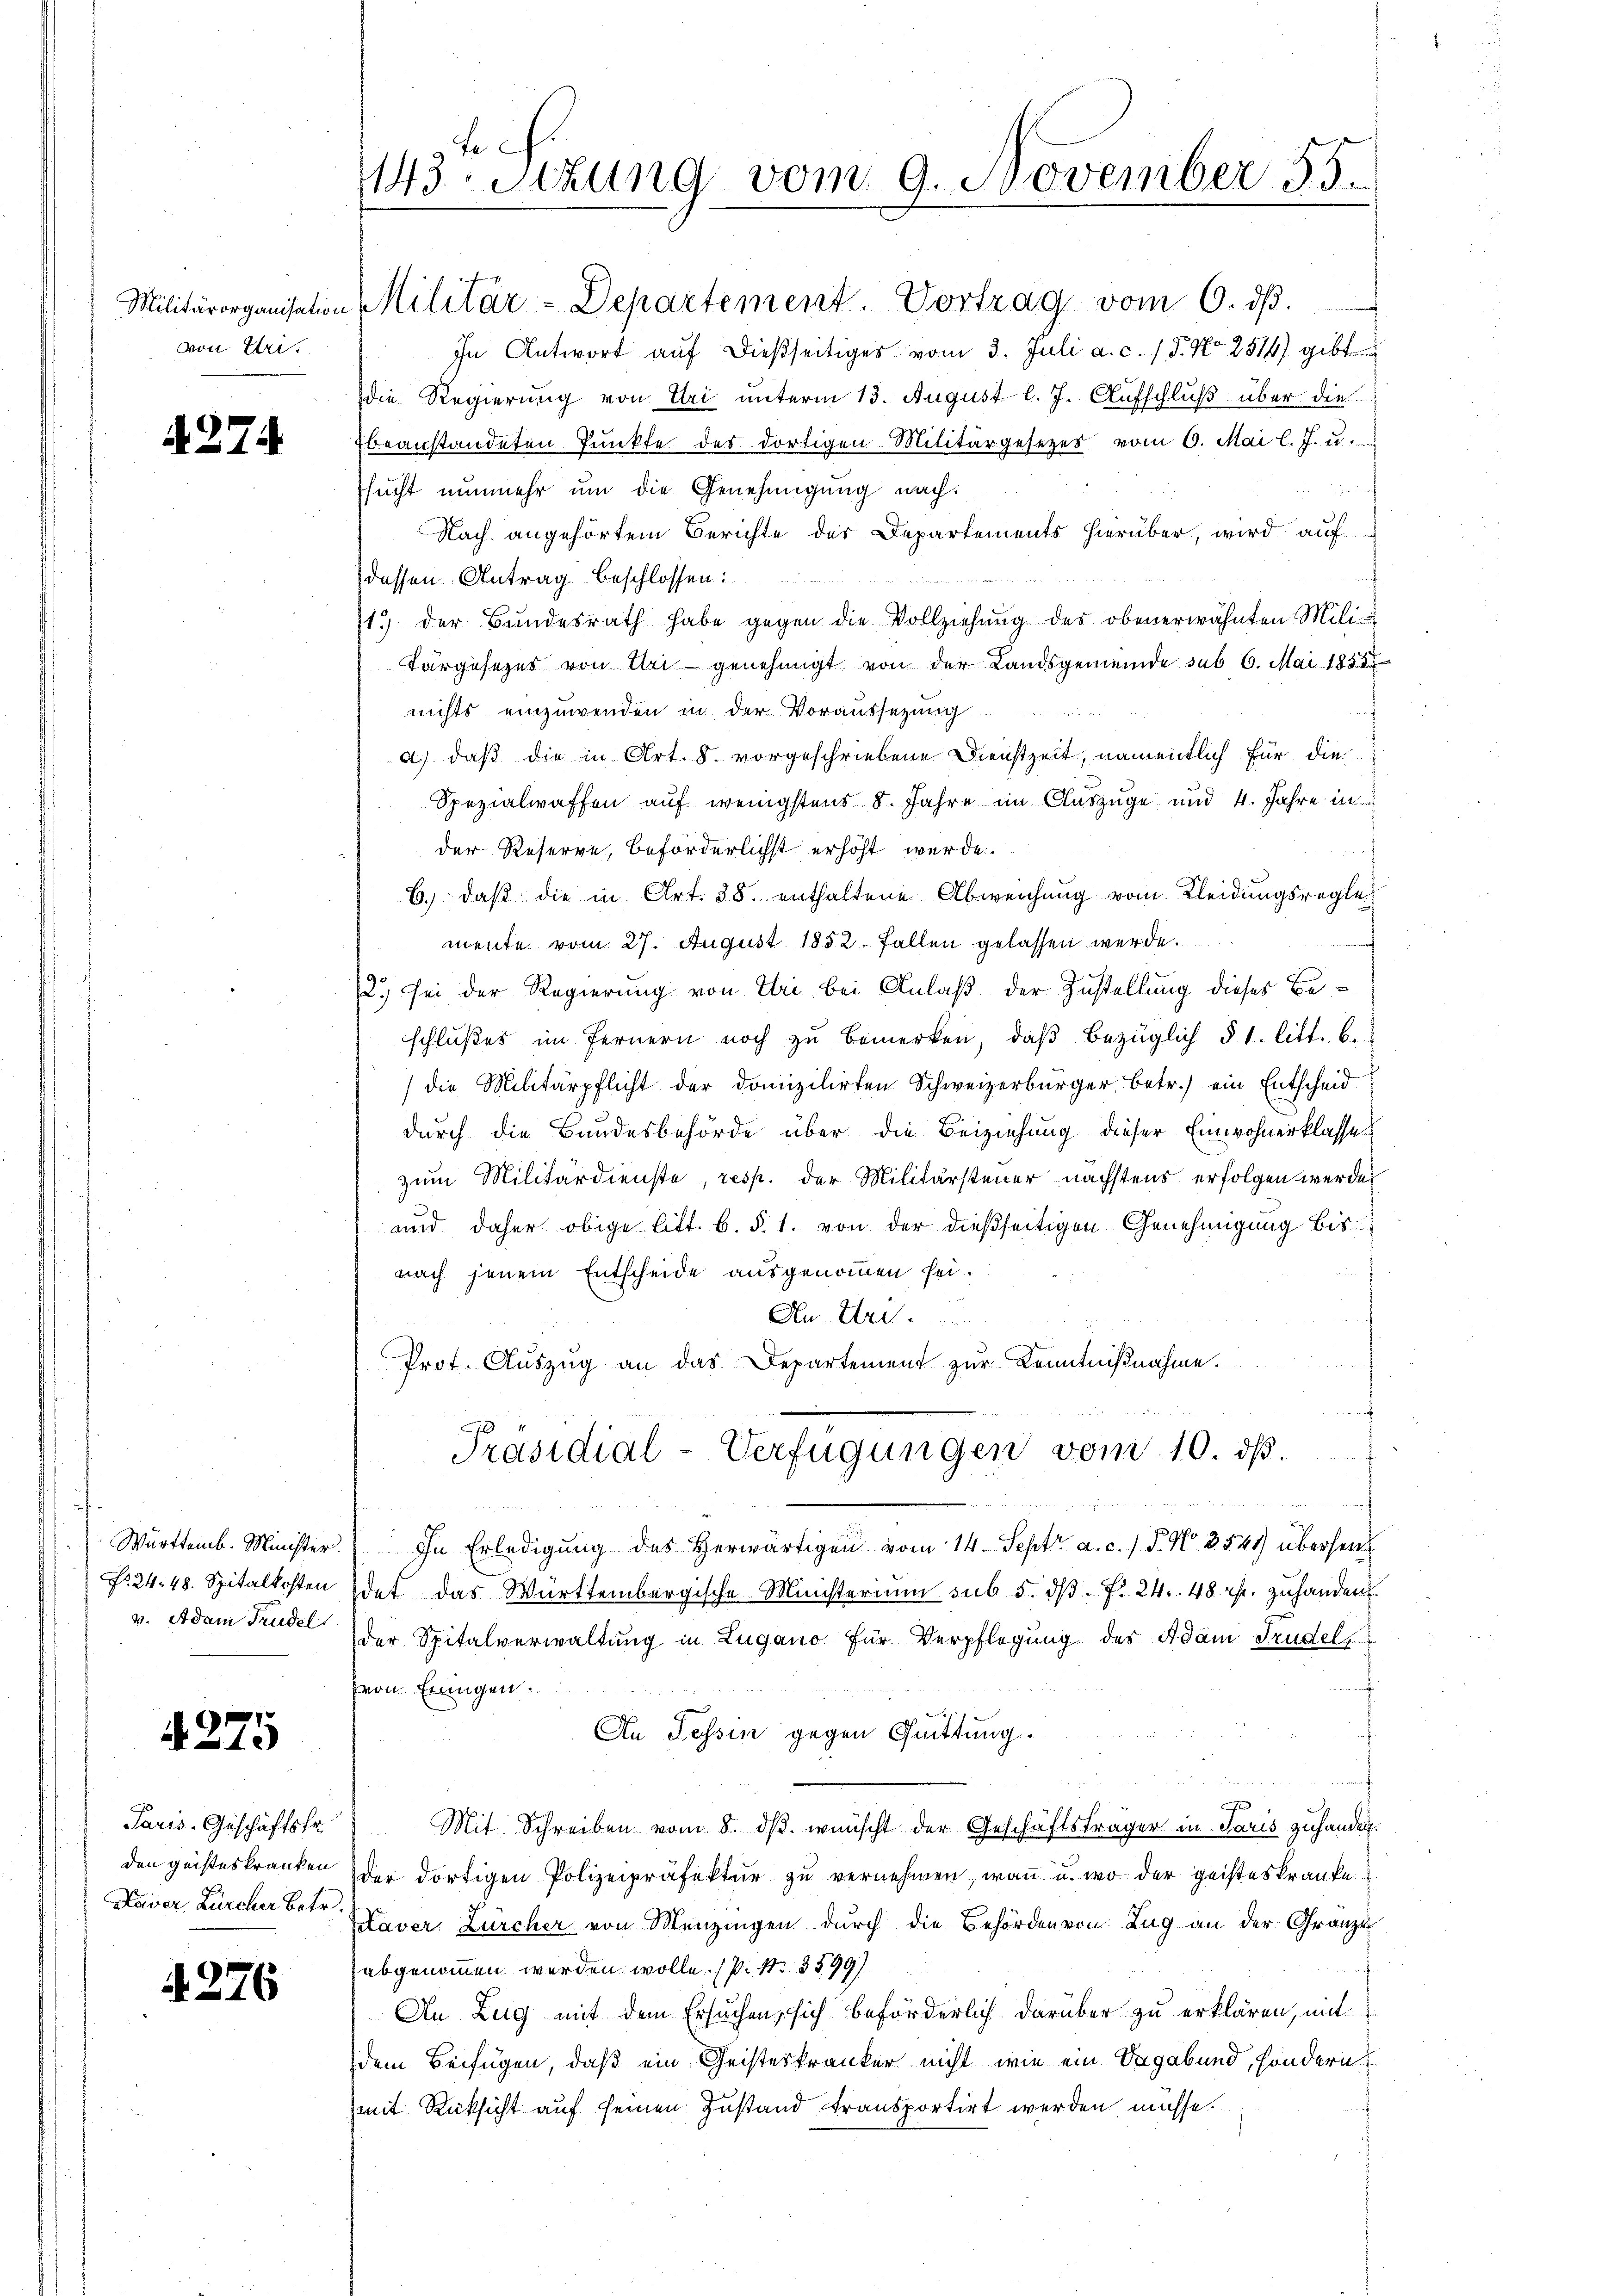
von Tri¬

427.

Württemb. Minister.
No. 24. 48. Spitalkosten
v. Adam Trudel.

4275

Paris. Geschäftsfr.
den geisteskranken
Keiser, Zürcher betr.

4276

143. Stzung vom 9. November 55.

Militärorganisation Militär-Departement. Vortrag vom 6. dβ.
In Antwort auf dießseitiges vom 3. Juli a. c. l. J. No 2514) gibt
die Regierung von Uri unterm 13. August l. J. Aufschluß über die
Ebeanstandeten Punkte des dortigen Militärgesetzes vom 6. Mai l. J. u.
sucht nunmehr um die Genehmigung nach:
Nach angehörtem Berichte der Departements hierüber, wird auf
ch
dessen Antrag beschlossen:
1.) der Bŭndesrath habe gegen die Vollziehŭng des obenerwähnten Mili
Fargesezes von Uri genehmigt von der Landsgemeinde sub 6. Mai 1851
nichts einzuwenden in der Voraussetzung
a.) daß die in Art. 8. vorgeschriebene Dienstzeit, namentlich für die
Spezialwaffen auf wenigstens 8. Jahre im Auszüge und 4. Jahre in
der Reserre, beförderlichst erhöht werde.
6.) daß die in Art. 38. enthaltene Abweichung vom Kleidungsreglemente vom 27. August 1852. Fallen gelassen werde.
2) sei der Regierung von Uri bei Anlaß der Zustellung dieses Beschlußes im Fernern noch zu bemerken, daβ bezüglich § 1. litt. b.
(die Militärpflicht der domizilirten Schweizerbürger, betr.) ein Entscheid
durch die Bundesbehörde über die Beiziehung dieser Einwohnerklasse
zum Militärdienste, resp. der Militärsteuer nächstens erfolgen werde
und daher obige litt. b. §. 1. von der dießseitigen Genehmigung bis
nach jenem Entscheide ausgenommen sei.
An Art.
Prot. Aŭszŭg an das Departement zur Kenntnißnahme.
Präsidial-Verfügungen vom 10. ds.
d Peters hattete die Unterhalter die Mittet und der
In Erledigung des Herwärtigen vom 14. Sept. a. c. 1 P. Nr. 3541) überseits
det das Württembergische Ministerium sub 5. dβ. f. 24. 48 ist. zuhanden
der Spitalverwaltung in Lugano für Verpflegung des Adam Trudels
Hern. Eingen
An Tessin gegen Quittung.
f
Mit Schreiben vom 8. dβ. wünscht der Geschäftsträger in Paris zuhander
der dortigen Polizeipräfektŭr zŭ vernehmen, wan u. wo der geisteskranke
Laver, Zürcher von Menzingen durch die Behörden von Zug an der Granzi
abgenommen werden wolle. (P. Nr. 3599)
An Zug mit dem Ersuchen, sich beförderlich darüber zu erklären, mit
dem Beifügen, daß ein Geisteskranker nicht wie ein Sagabund, sondern
mit Rücksicht auf seinen Zustand transportirt werden müsse.